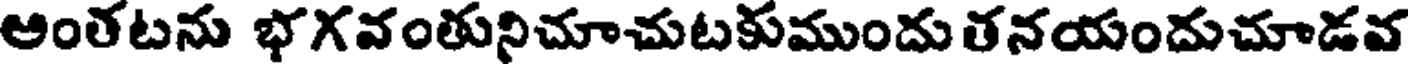
ఆంతటను భగవంతునిచూచుటకుముందు తనయందుచూడవ